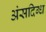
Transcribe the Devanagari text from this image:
अंसदिग्ध